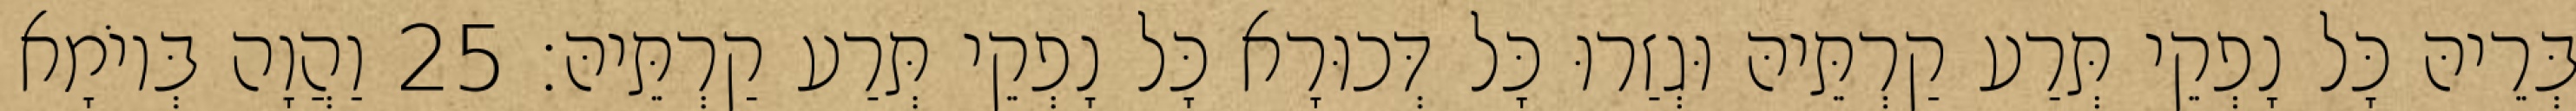
בְּרֵיהּ כָּל נָפְקֵי תְּרַע קַרְתֵּיהּ וּגְזַרוּ כָּל דְּכוּרָא כָּל נָפְקֵי תְּרַע קַרְתֵּיהּ׃ 25 וַהֲוָה בְּיוֹמָא